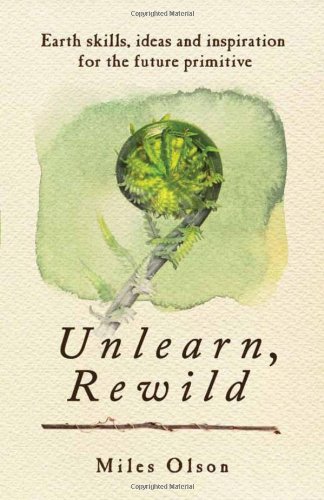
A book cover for Unlearn, Rewild: Earth Skills, Ideas and Inspiration for the Future Primitive; Miles Olson; Sports & Outdoors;